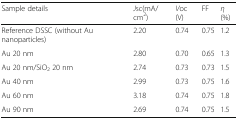
<table><thead><tr><td><b>Sample details</b></td><td><b><i>J</i>sc(mA/cm<sup>2</sup>)</b></td><td><b><i>V</i>oc (V)</b></td><td><b>FF</b></td><td><b><i>η</i> (%)</b></td></tr></thead><tbody><tr><td>Reference DSSC (without Au nanoparticles)</td><td>2.20</td><td>0.74</td><td>0.75</td><td>1.2</td></tr><tr><td>Au 20 nm</td><td>2.80</td><td>0.70</td><td>0.65</td><td>1.3</td></tr><tr><td>Au 20 nm/SiO<sub>2</sub> 20 nm</td><td>2.74</td><td>0.73</td><td>0.73</td><td>1.5</td></tr><tr><td>Au 40 nm</td><td>2.99</td><td>0.73</td><td>0.75</td><td>1.6</td></tr><tr><td>Au 60 nm</td><td>3.18</td><td>0.74</td><td>0.75</td><td>1.8</td></tr><tr><td>Au 90 nm</td><td>2.69</td><td>0.74</td><td>0.75</td><td>1.5</td></tr></tbody></table>